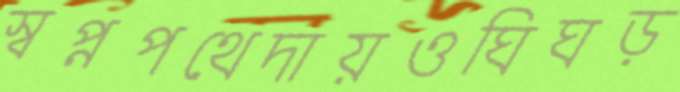
স্বপ্নপথেদায়ওঘিঘড়